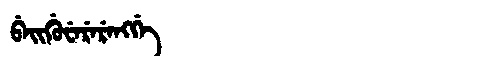
Manchu: ᠪᡝᡳᡤᡠᠸᡝᡵᡝᡵᡝᠩᡤᡝ
Romanization: BEIGUWERERENGGE